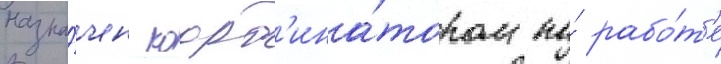
назна́чен коорд'ина́тором по́ рабо́т'е